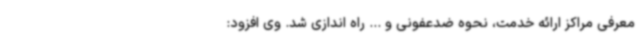
معرفی مراکز ارائه خدمت، نحوه ضدعفونی و ... راه اندازی شد. وی افزود: